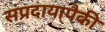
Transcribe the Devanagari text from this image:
संप्रदायापैकी